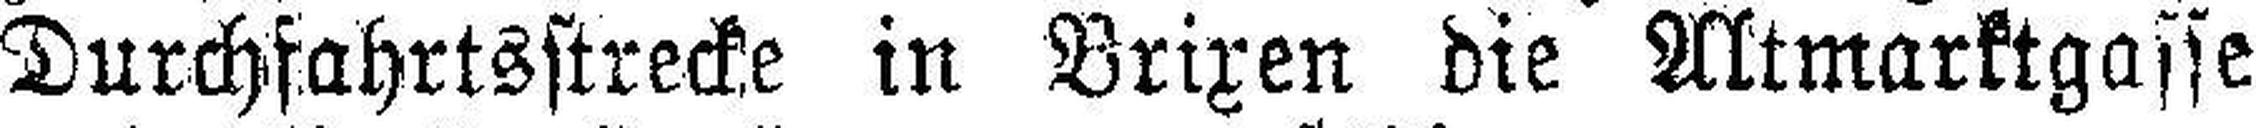
Durchfahrtsstrecke in Brixen die Altmarktgasse